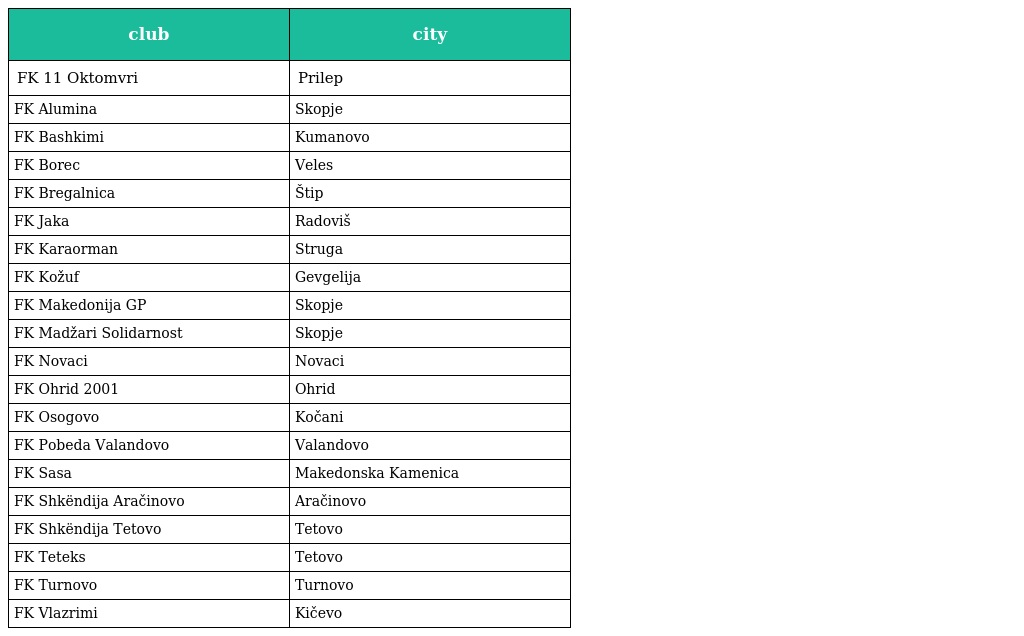
| club | city |
 | --- | --- |
 | FK 11 Oktomvri | Prilep |
 | FK Alumina | Skopje |
 | FK Bashkimi | Kumanovo |
 | FK Borec | Veles |
 | FK Bregalnica | Štip |
 | FK Jaka | Radoviš |
 | FK Karaorman | Struga |
 | FK Kožuf | Gevgelija |
 | FK Makedonija GP | Skopje |
 | FK Madžari Solidarnost | Skopje |
 | FK Novaci | Novaci |
 | FK Ohrid 2001 | Ohrid |
 | FK Osogovo | Kočani |
 | FK Pobeda Valandovo | Valandovo |
 | FK Sasa | Makedonska Kamenica |
 | FK Shkëndija Aračinovo | Aračinovo |
 | FK Shkëndija Tetovo | Tetovo |
 | FK Teteks | Tetovo |
 | FK Turnovo | Turnovo |
 | FK Vlazrimi | Kičevo |